Report on sanitation, dispensaries, and jails in Rajputana for 1918, and on vaccination for the year 1918-1919 - 1918-1919
Year: 1918
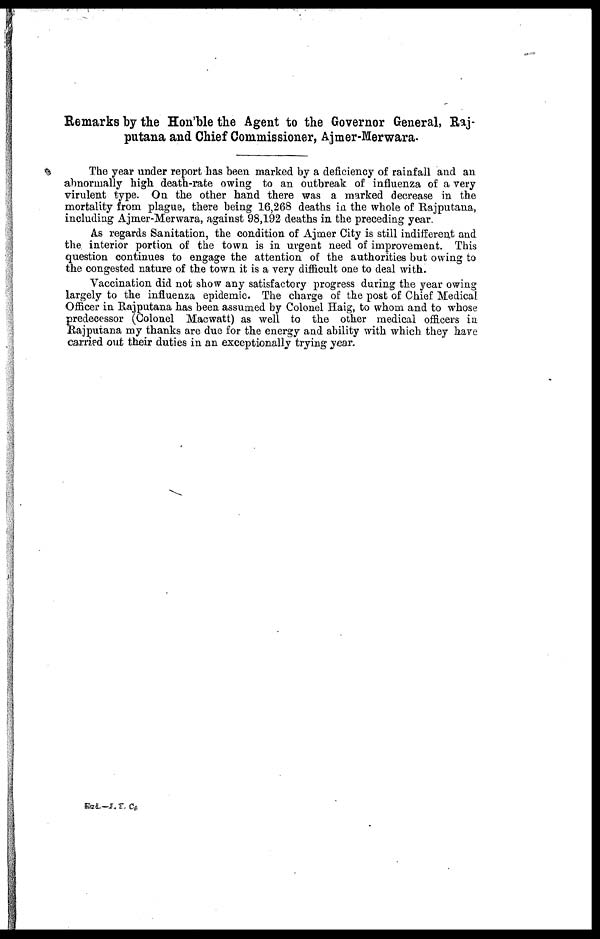
Remarks by the Hon'ble the Agent to the Governor General, Raj¬
putana and Chief Commissioner, Ajmer-Merwara.
The year under report has been marked by a deficiency of rainfall and an
abnormally high death-rate owing to an outbreak of influenza of a very
virulent type. On the other hand there was a marked decrease in the
mortality from plague, there being 16,268 deaths in the whole of Rajputana,
including Ajmer-Merwara, against 98,192 deaths in the preceding year.
As regards Sanitation, the condition of Ajmer City is still indifferent and
the interior portion of the town is in urgent need of improvement. This
question continues to engage the attention of the authorities but owing to
the congested nature of the town it is a very difficult one to deal with.
Vaccination did not show any satisfactory progress during the year owing
largely to the influenza epidemic. The charge of the post of Chief Medical
Officer in Rajputana has been assumed by Colonel Haig, to whom and to whose
predecessor (Colonel Macwatt) as well to the other medical officers in
Rajputana my thanks are due for the energy and ability with which they have
carried out their duties in an exceptionally trying year.
End.—I. E. C.